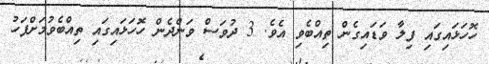
ހޮހަޅައިގައި ފިލާ ވަޑައިގެން ތިއްބެވި އެވެ. 3 ދުވަސް ވަންދެން ހޮހަޅައިގައި ތިއްބެވުމަށްފަހު